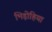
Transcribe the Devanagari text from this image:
भिड़ोहिया